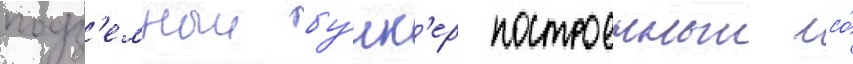
подз'емныи бу́нк'ер построенныи со́